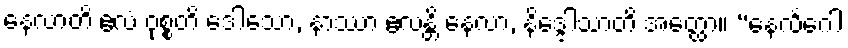
နေလာတိ ဧလံ ဝုစ္စတိ ဒေါသော, နာဿာ ဧလန္တိ နေလာ, နိဒ္ဒေါသာတိ အတ္ထော။ “နေလင်္ဂေါ